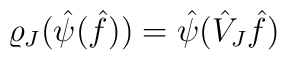
\varrho_J(\hat{\psi}(\hat{f}))=\hat{\psi}(\hat{V}_J\hat{f})